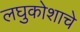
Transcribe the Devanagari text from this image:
लघुकोशाचे